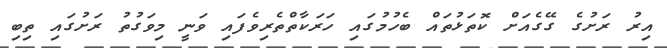
އިރު ރަށުގެ ގޭގެއަށް ކޮތަޅުތައް ބެހުމުގައި ހަރަކާތްތެރިވެފައި ވަނީ މިވަގުތު ރަށުގައި ތިބި